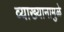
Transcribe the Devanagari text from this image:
व्याख्यानामुळे